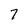
Character: 7